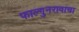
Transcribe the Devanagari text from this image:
फाल्गुनरावाचा